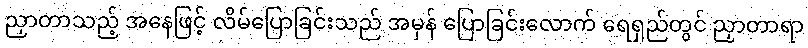
ညှာတာသည့် အနေဖြင့် လိမ်ပြောခြင်းသည် အမှန် ပြောခြင်းလောက် ရေရှည်တွင် ညှာတာရာ